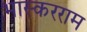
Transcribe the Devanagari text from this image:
भास्करराम